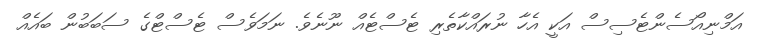
އަމްނިއޯސެންޓެސިސް އަކީ އެހާ ނުރައްކާތެރި ޓެސްޓެއް ނޫނެވެ. ނަމަވެސް ޓެސްޓްގެ ސަބަބުން ބައެއް